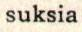
suksia